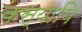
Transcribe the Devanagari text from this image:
कस्यापि